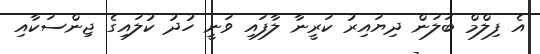
އެ ފިލްމް ބަލަން ދިޔައިރު ކަރީނާ ލާފައި ވަނީ ހުދު ކުލައިގެ ޖިންސަކާއި